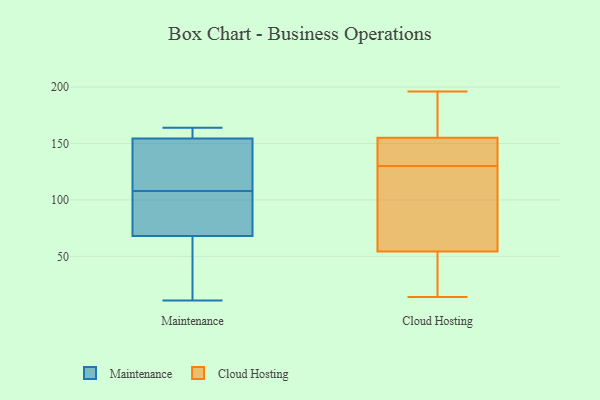
{"axis": {"x": "Latency (ms)", "y": "Value"}, "legend": ["Cloud Hosting", "Maintenance"], "data": [{"x": "", "y": 100, "type": "Maintenance"}, {"x": "", "y": 11, "type": "Maintenance"}, {"x": "", "y": 164, "type": "Maintenance"}, {"x": "", "y": 30, "type": "Maintenance"}, {"x": "", "y": 73, "type": "Maintenance"}, {"x": "", "y": 144, "type": "Maintenance"}, {"x": "", "y": 49, "type": "Maintenance"}, {"x": "", "y": 89, "type": "Maintenance"}, {"x": "", "y": 160, "type": "Maintenance"}, {"x": "", "y": 149, "type": "Maintenance"}, {"x": "", "y": 63, "type": "Maintenance"}, {"x": "", "y": 163, "type": "Maintenance"}, {"x": "", "y": 161, "type": "Maintenance"}, {"x": "", "y": 107, "type": "Maintenance"}, {"x": "", "y": 109, "type": "Maintenance"}, {"x": "", "y": 110, "type": "Maintenance"}, {"x": "", "y": 46, "type": "Cloud Hosting"}, {"x": "", "y": 35, "type": "Cloud Hosting"}, {"x": "", "y": 180, "type": "Cloud Hosting"}, {"x": "", "y": 161, "type": "Cloud Hosting"}, {"x": "", "y": 109, "type": "Cloud Hosting"}, {"x": "", "y": 79, "type": "Cloud Hosting"}, {"x": "", "y": 130, "type": "Cloud Hosting"}, {"x": "", "y": 155, "type": "Cloud Hosting"}, {"x": "", "y": 43, "type": "Cloud Hosting"}, {"x": "", "y": 129, "type": "Cloud Hosting"}, {"x": "", "y": 196, "type": "Cloud Hosting"}, {"x": "", "y": 153, "type": "Cloud Hosting"}, {"x": "", "y": 131, "type": "Cloud Hosting"}, {"x": "", "y": 155, "type": "Cloud Hosting"}, {"x": "", "y": 127, "type": "Cloud Hosting"}, {"x": "", "y": 14, "type": "Cloud Hosting"}, {"x": "", "y": 154, "type": "Cloud Hosting"}, {"x": "", "y": 28, "type": "Cloud Hosting"}, {"x": "", "y": 176, "type": "Cloud Hosting"}]}